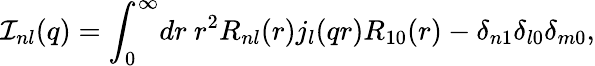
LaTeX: {\cal I}_{nl}(q)={\int}_{0}^{\infty}dr\ r^{2}R_{nl}(r)j_{l}(qr)R_{10}(r)-\delta_{n1}\delta_{l0}\delta_{m0},